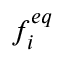
f _ { i } ^ { e q }